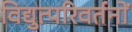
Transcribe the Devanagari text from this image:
विद्युत्परिवर्तनों